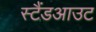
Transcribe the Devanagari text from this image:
स्टैंडआउट